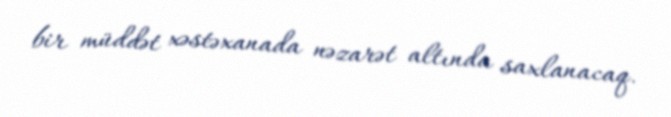
bir müddət xəstəxanada nəzarət altında saxlanacaq.